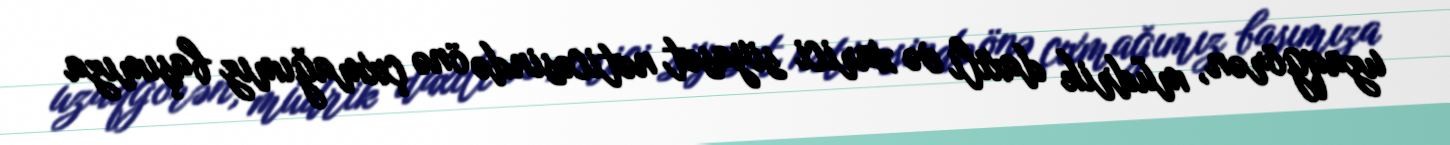
uzaqgörən, müdrik daxili və xarici siyasət nəticəsində önə çıxmağımız başımıza